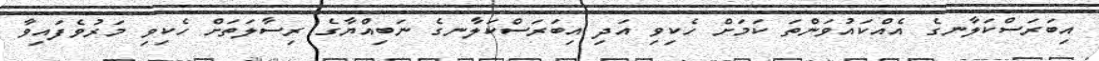
އިބަރަސްކަލާނގެ އެއްކައުވަންތަ ކަމަށް ހެކިވި އަދި އިބަރަސްކަލާނގެ ނަބިއްޔާގެ ރިސާލަތަށް ހެކިވި މަރުވެފައިވާ